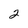
Character: 2